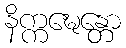
နိက္ကဍ္ဎေန္တော